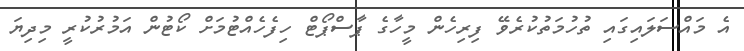
އެ މައްސަލައިގައި ތުހުމަތުކުރެވޭ ފިރިހެން މީހާގެ ޕާސްޕޯޓް ހިފެހެއްޓުމަށް ކޯޓުން އަމުރުކުރީ މިދިޔަ